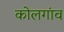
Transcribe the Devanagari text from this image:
कोलगांव